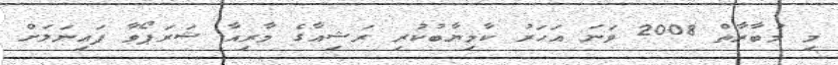
މި މުބާރާތް 2008 ވަަނަ އަހަރު ކާމިޔާބުކުރި ރަޝިއާގެ މާރިއާ ޝަރަޕޯވާ ފައިނަލަށް